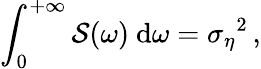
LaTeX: \int_{0}^{+\infty}\mathcal{S}(\omega)\ \mathrm{d}\omega={\sigma_{\eta}}^{2}\, ,